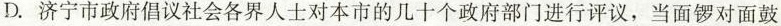
D. 济宁市政府倡议社会各界人士对本市的几十个政府部门进行评议，当面锣对面鼓